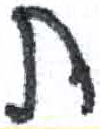
אות: ת